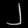
Digit: ၂